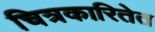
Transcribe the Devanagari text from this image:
चित्रकारितेत